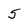
Character: 5